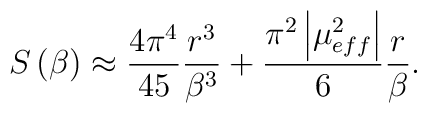
S\left(\beta \right)\approx \frac{4\pi ^{4}}{45}\frac{r^{3}}{\beta ^{3}}+\frac{\pi ^{2}\left|\mu _{eff}^{2}\right|}{6}\frac{r}{\beta }.